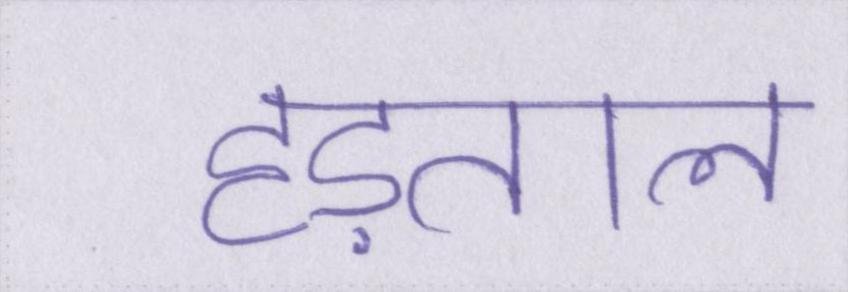
हड़ताल